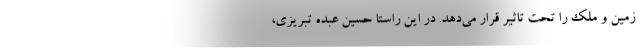
زمین و ملک را تحت تاثیر قرار می‌دهد. در این راستا حسین عبده تبریزی،